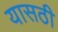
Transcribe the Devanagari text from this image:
यासठी